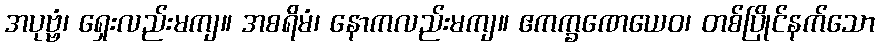
အပုဗ္ဗံ၊ ရှေးလည်းမကျ။ အစရိမံ၊ နောကလည်းမကျ။ ဧကက္ခဏေယေဝ၊ တစ်ပြိုင်နက်သော